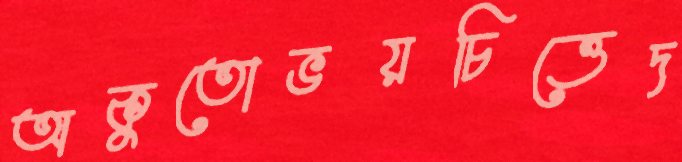
অকুতোভয়চিত্তেদ